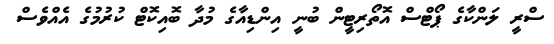
ސްރީ ލަންކާގެ ޕޯޓްސް އޮތޯރިޓީން ބުނީ އިންޑިއާގެ މުދާ ބޮއިކޮޓް ކުރުމުގެ އެއްވެސް